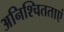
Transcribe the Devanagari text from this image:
अनिश्चितताएं